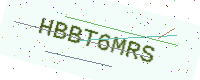
Text: HBBT6MRS